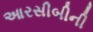
આરસીબીની